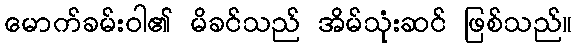
မောက်ခမ်းဝါ၏ မိခင်သည် အိမ်သုံးဆင် ဖြစ်သည်။